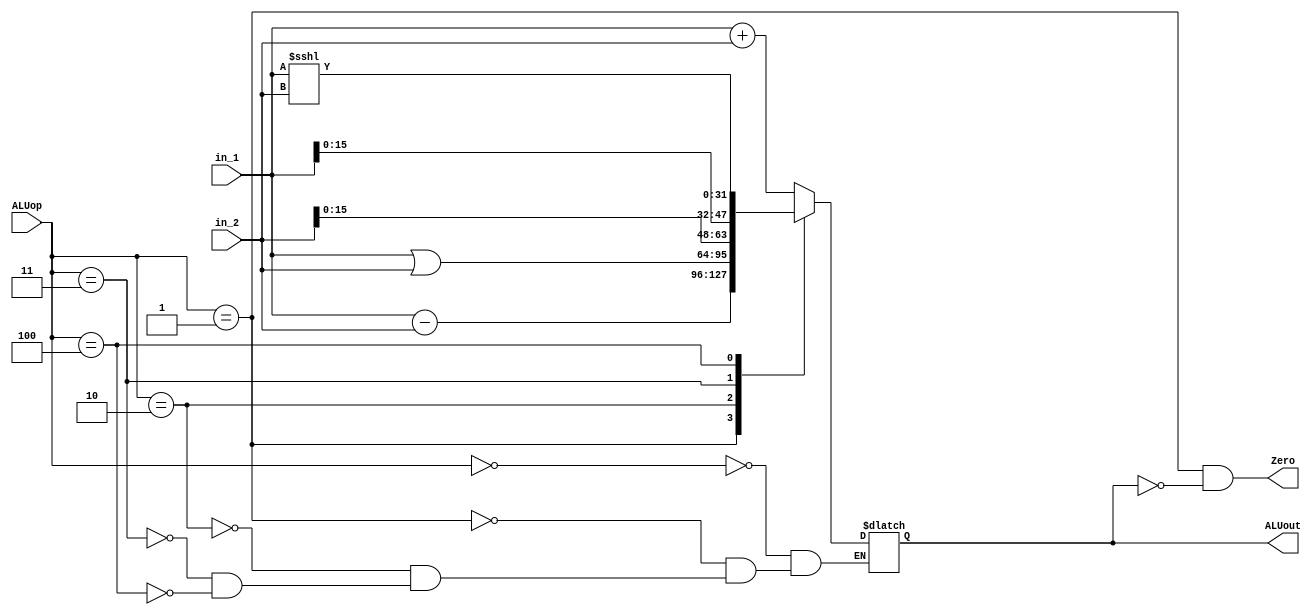
`timescale 1ns / 1ps
module ALU(
    input [2:0] ALUop,
    input [31:0] in_1,
    input [31:0] in_2,
    output reg [31:0] ALUout,
	 output Zero
    );
	 always@(*)begin
	    case(ALUop)
		     3'b000: ALUout <= in_1 + in_2;
			  3'b001: ALUout <= in_1 - in_2;
			  3'b010: ALUout <= in_1 | in_2;
			  3'b011: ALUout <= {{in_2[15:0]},{in_1[15:0]}};
			  3'b100: ALUout <= in_1 <<< (in_2);
		 endcase
	 end
	 assign Zero = (ALUop == 3'b001 && ALUout == 0);


endmodule